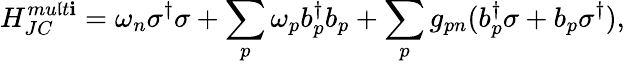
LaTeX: {H}_{JC}^{mu\mathfrak{l}t\mathbf{i}}=\omega_{n}{\sigma}^{\dagger}{\sigma}+\sum_{p}\omega_{p}{b}_{p}^{\dagger}{b}_{p}+\sum_{p}g_{pn}({b}_{p}^{\dagger}{\sigma}+{b}_{p}{\sigma}^{\dagger}),